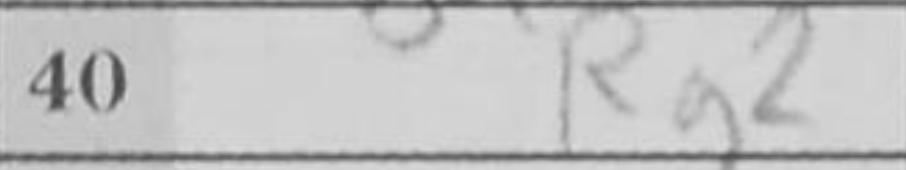
Transcription: Rg2